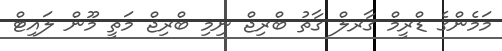
މަމެންގެ ޑްރީމް ގާރލް ގާތު ބްރިޖް ނިމި ބްރިޖް މަތީ މޫން ލައިޓް